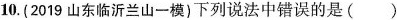
10.(2019山东临沂兰山一模)下列说法中错误的是( )